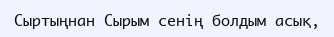
Сыртыңнан Сырым сенің болдым асық,